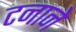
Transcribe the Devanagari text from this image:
टनाने